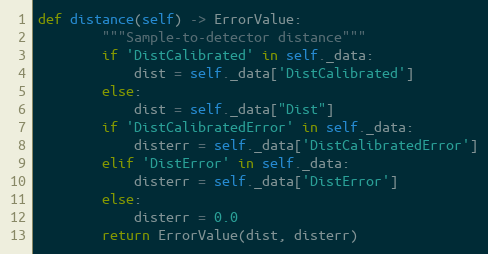
Language: Python
def distance(self) -> ErrorValue:
        """Sample-to-detector distance"""
        if 'DistCalibrated' in self._data:
            dist = self._data['DistCalibrated']
        else:
            dist = self._data["Dist"]
        if 'DistCalibratedError' in self._data:
            disterr = self._data['DistCalibratedError']
        elif 'DistError' in self._data:
            disterr = self._data['DistError']
        else:
            disterr = 0.0
        return ErrorValue(dist, disterr)